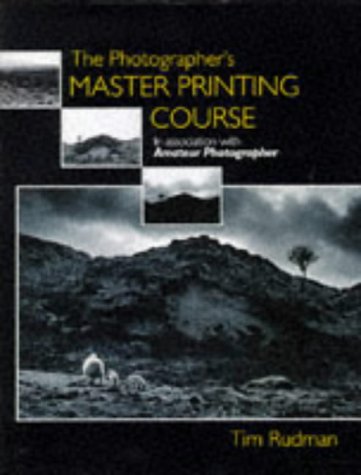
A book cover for The Photographer's Master Printing Course; Tim Rudman; Arts & Photography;